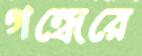
গন্ধেরে